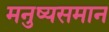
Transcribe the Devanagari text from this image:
मनुष्यसमान